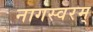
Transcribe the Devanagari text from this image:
नागस्वरम्‌